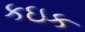
કઇક